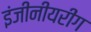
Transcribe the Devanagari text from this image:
इंजीनीयरींग